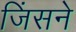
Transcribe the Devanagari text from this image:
जिंसने